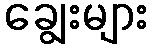
ချွေးများ